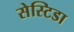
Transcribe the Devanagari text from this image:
सेस्टिडा